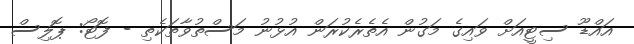
އައްޑޫ ސިޓީއަށް ވައިގެ މަގުން އެތެރެކުރަން އުޅުނު މަސްތުވާތަކެތި - ފޮޓޯ: ޕޮލިސް